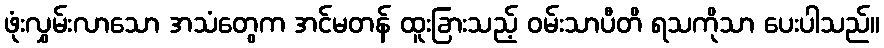
ဖုံးလွှမ်းလာသော အသံတွေက အင်မတန် ထူးခြားသည့် ဝမ်းသာပီတိ ရသကိုသာ ပေးပါသည်။